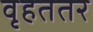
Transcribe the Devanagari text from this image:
वृहततर